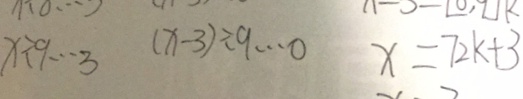
x \div 9 \cdots 3 ( x - 3 ) \div 9 \cdots 0 x = 7 2 k + 3